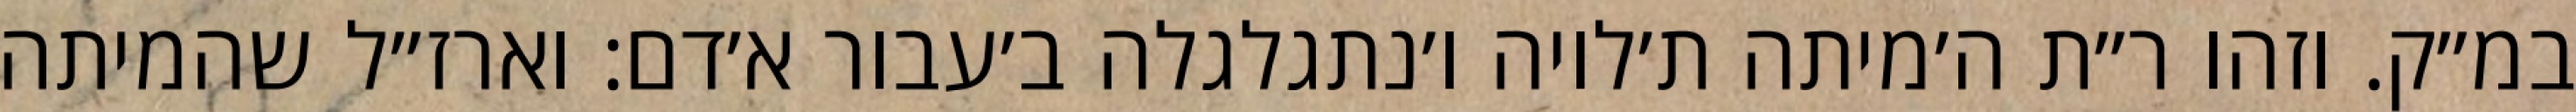
במ״ק. וזהו ר״ת ה׳מיתה ת׳לויה ו׳נתגלגלה ב׳עבור א׳דם: וארז״ל שהמיתה